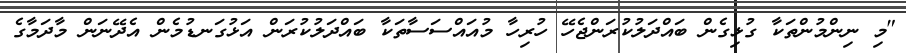
"މި ނިންމުންތަކާ ގުޅިގެން ބައްދަލުކުރަންޖެހޭ ހުރިހާ މުއައްސަސާތަކާ ބައްދަލުކުރަން އަޅުގަނޑުމެން އެދޭނަން މާދަމާގެ